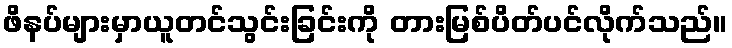
ဖိနပ်များမှာယူတင်သွင်းခြင်းကို တားမြစ်ပိတ်ပင်လိုက်သည်။